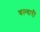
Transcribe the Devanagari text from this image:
बल्गारी